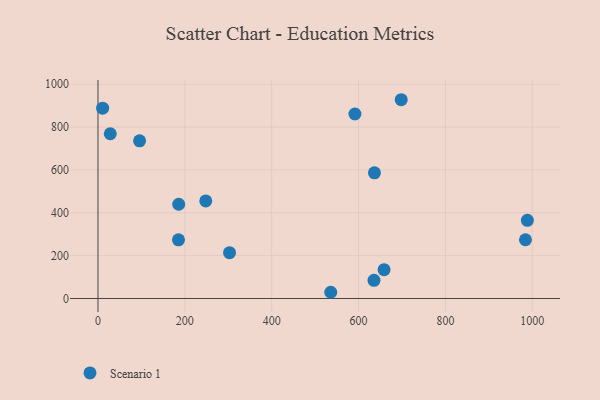
{"axis": {"x": "Ad Spend", "y": "Profit"}, "legend": ["Scenario 1"], "data": [{"x": "10.7", "y": 888.4, "type": "Scenario 1"}, {"x": "185.9", "y": 439.8, "type": "Scenario 1"}, {"x": "185.4", "y": 274.0, "type": "Scenario 1"}, {"x": "536.0", "y": 29.0, "type": "Scenario 1"}, {"x": "635.6", "y": 84.7, "type": "Scenario 1"}, {"x": "95.8", "y": 735.8, "type": "Scenario 1"}, {"x": "302.9", "y": 213.9, "type": "Scenario 1"}, {"x": "591.7", "y": 861.2, "type": "Scenario 1"}, {"x": "698.3", "y": 927.8, "type": "Scenario 1"}, {"x": "658.8", "y": 134.6, "type": "Scenario 1"}, {"x": "988.8", "y": 364.8, "type": "Scenario 1"}, {"x": "28.3", "y": 768.9, "type": "Scenario 1"}, {"x": "984.4", "y": 274.2, "type": "Scenario 1"}, {"x": "248.2", "y": 455.3, "type": "Scenario 1"}, {"x": "636.6", "y": 586.8, "type": "Scenario 1"}]}